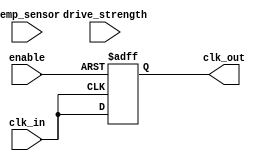
module Temp_Compensated_Clock_Buffer (
    input wire clk_in,            // Input clock signal
    input wire temp_sensor,       // Temperature sensor input (digital representation)
    input wire [1:0] drive_strength, // Drive strength control
    input wire enable,            // Enable signal for the buffer
    output reg clk_out            // Output clock signal
);

// Internal parameters for temperature compensation
parameter TEMP_THRESHOLD_LOW = 8'h20;  // Example low threshold
parameter TEMP_THRESHOLD_HIGH = 8'h80; // Example high threshold

// Internal registers for delay control
reg [3:0] delay_setting; // Delay setting based on temperature
reg [1:0] current_drive_strength; // Current drive strength

// Clock amplification and compensation logic
always @(posedge clk_in or negedge enable) begin
    if (!enable) begin
        clk_out <= 0; // Disable output clock when not enabled
    end else begin
        // Temperature compensation logic (simplified)
        if (temp_sensor < TEMP_THRESHOLD_LOW) begin
            delay_setting <= 4'b0001; // Increase delay for low temperature
            current_drive_strength <= 2'b00; // Low drive strength
        end else if (temp_sensor > TEMP_THRESHOLD_HIGH) begin
            delay_setting <= 4'b0010; // Decrease delay for high temperature
            current_drive_strength <= 2'b11; // High drive strength
        end else begin
            delay_setting <= 4'b0000; // Normal delay
            current_drive_strength <= drive_strength; // Use external drive strength
        end

        // Output clock signal generation with delay
        clk_out <= #delay_setting clk_in; // Apply delay based on settings
    end
end

endmodule